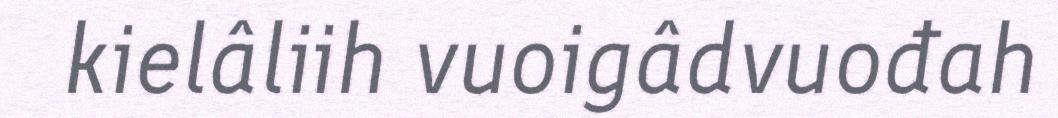
kielâliih vuoigâdvuođah